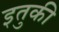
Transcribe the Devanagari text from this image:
इतुकी